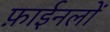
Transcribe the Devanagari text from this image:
फ़ाईनलों